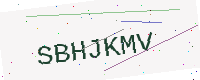
Text: SBHJKMV